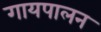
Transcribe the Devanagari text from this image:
गायपालन